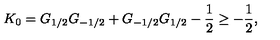
K _ { 0 } = G _ { 1 / 2 } G _ { - 1 / 2 } + G _ { - 1 / 2 } G _ { 1 / 2 } - \frac { 1 } { 2 } \geq - \frac { 1 } { 2 } ,